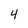
Character: 4